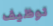
توظيف